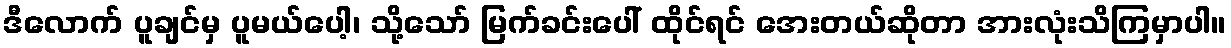
ဒီလောက် ပူချင်မှ ပူမယ်ပေါ့၊ သို့သော် မြက်ခင်းပေါ် ထိုင်ရင် အေးတယ်ဆိုတာ အားလုံးသိကြမှာပါ။